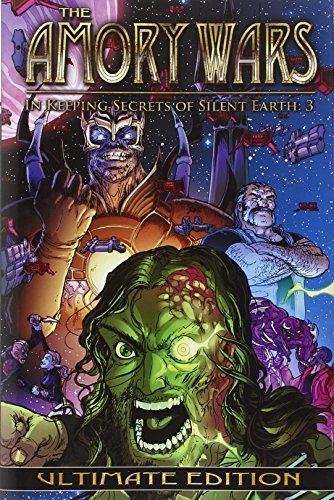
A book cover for Amory Wars: In Keeping Secrets of Silent Earth: 3 Ultimate Edition (The Amory Wars); Claudio Sanchez; Comics & Graphic Novels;